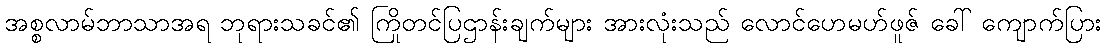
အစ္စလာမ်ဘာသာအရ ဘုရားသခင်၏ ကြိုတင်ပြဌာန်းချက်များ အားလုံးသည် လောင်ဟေမဟ်ဖူဇ် ခေါ် ကျောက်ပြား